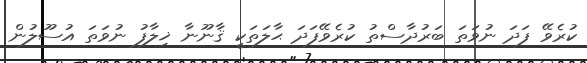
ކުރެވޭ ފަދަ ނުވަތަ ބަރުދާސްތު ކުރެވޭފަދަ ޙާލަތަކީ ޤާނޫނާ ޚިލާފު ނުވަތަ އުސޫލުން